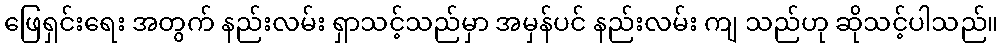
ဖြေရှင်းရေး အတွက် နည်းလမ်း ရှာသင့်သည်မှာ အမှန်ပင် နည်းလမ်း ကျ သည်ဟု ဆိုသင့်ပါသည်။